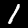
Digit: 1